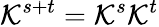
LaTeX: \mathcal{K}^{s+t}=\mathcal{K}^{s}\mathcal{K}^{t}